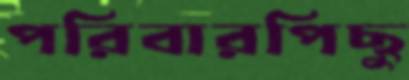
পরিবারপিছু